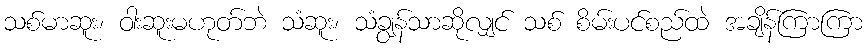
သစ်မာဆူး၊ ဝါးဆူးမဟုတ်ဘဲ သံဆူး၊ သံချွန်သာဆိုလျှင် သစ် စိမ်းပင်စည်ထဲ အချိန်ကြာကြာ